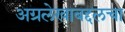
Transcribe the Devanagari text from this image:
अग्रलेखाबद्दलचा